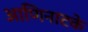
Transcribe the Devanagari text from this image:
आणिनाटके